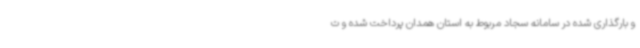
و بارگذاری شده در سامانه سجاد مربوط به استان همدان پرداخت شده و ت